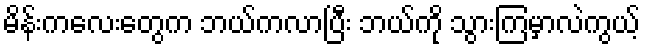
မိန်းကလေးတွေက ဘယ်ကလာပြီး ဘယ်ကို သွားကြမှာလဲကွယ့်